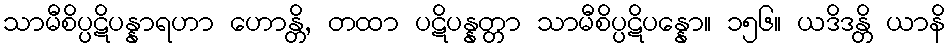
သာမီစိပ္ပဋိပန္နာရဟာ ဟောန္တိ, တထာ ပဋိပန္နတ္တာ သာမီစိပ္ပဋိပန္နော။ ၁၅၆။ ယဒိဒန္တိ ယာနိ